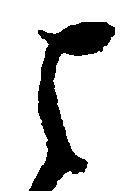
其